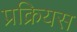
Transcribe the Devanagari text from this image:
प्रक्रियस